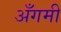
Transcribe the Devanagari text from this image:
अँगमी